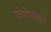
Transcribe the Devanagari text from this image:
एटेपोसाइड